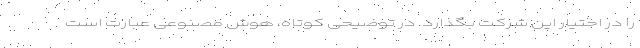
را در اختیار این شرکت بگذارد. در توضیحی کوتاه، هوش مصنوعی عبارت است